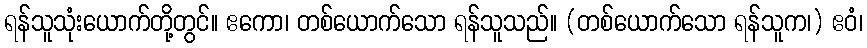
ရန်သူသုံးယောက်တို့တွင်။ ဧကော၊ တစ်ယောက်သော ရန်သူသည်။ (တစ်ယောက်သော ရန်သူက၊) ဧဝံ၊